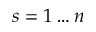
s = 1 \ldots n